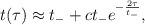
LaTeX: \begin{align*}t(\tau) \approx t_- + ct_- e^{-\frac{2\tau}{t_-}} ,\end{align*}